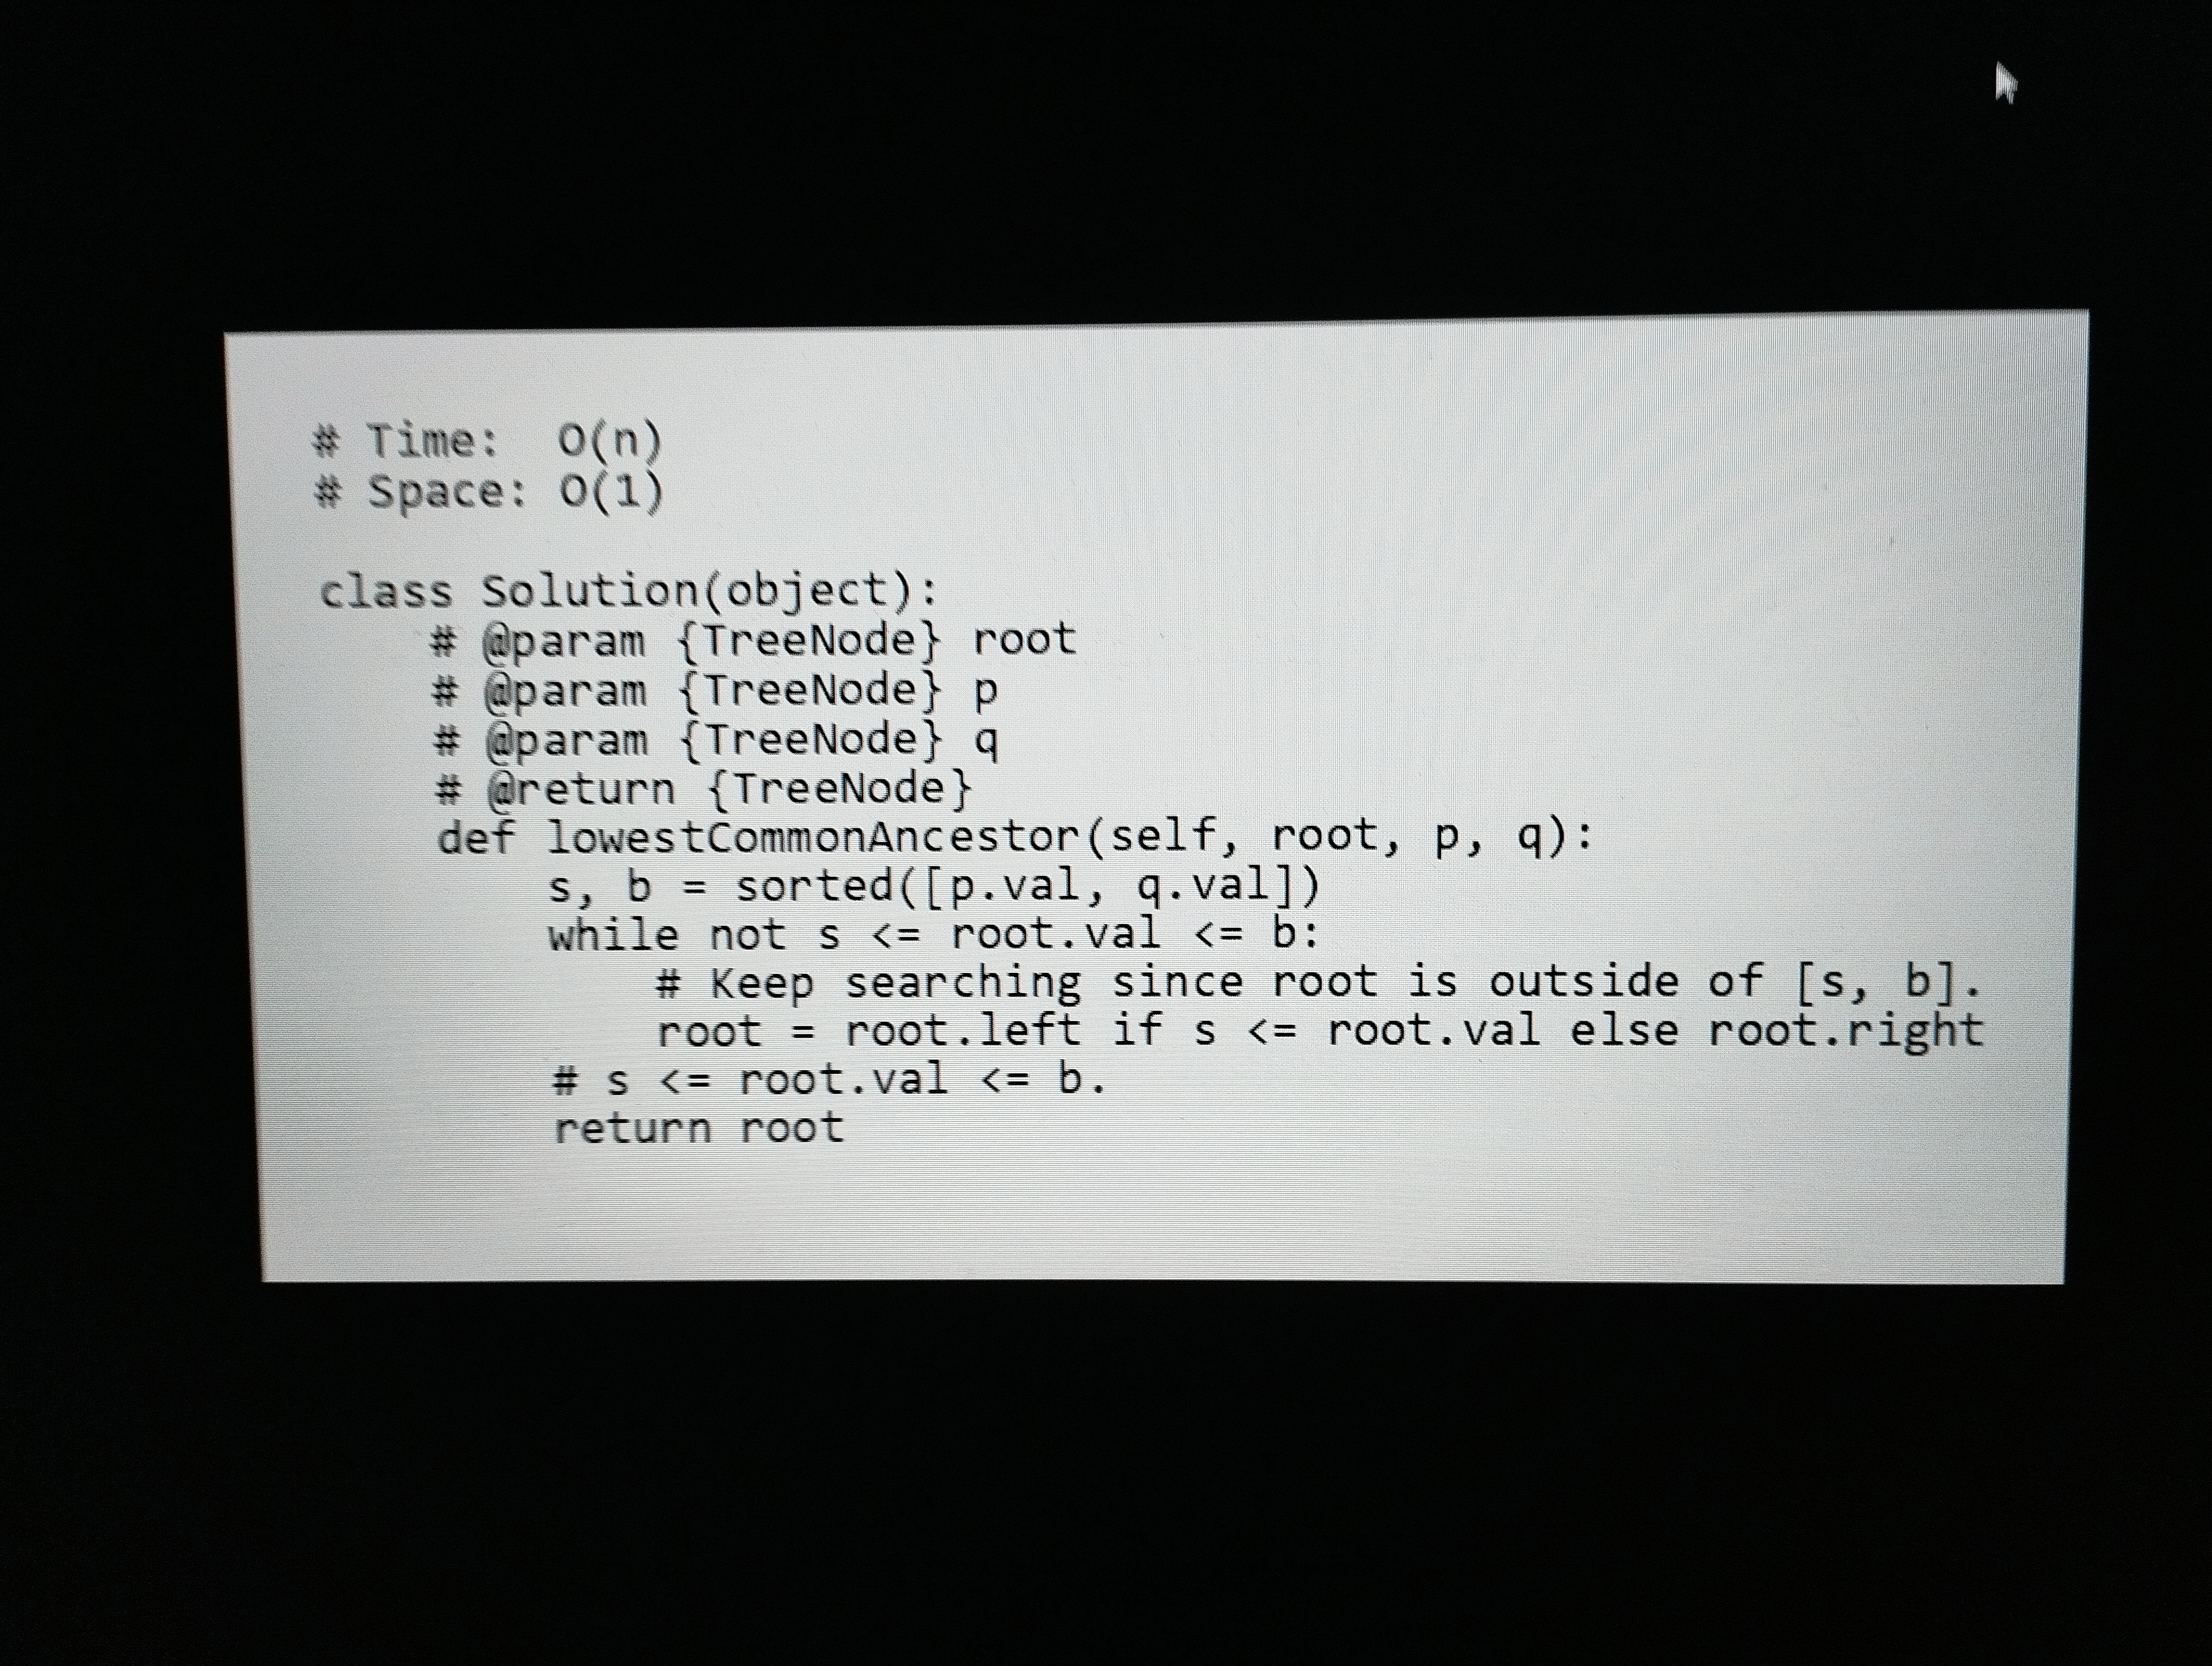
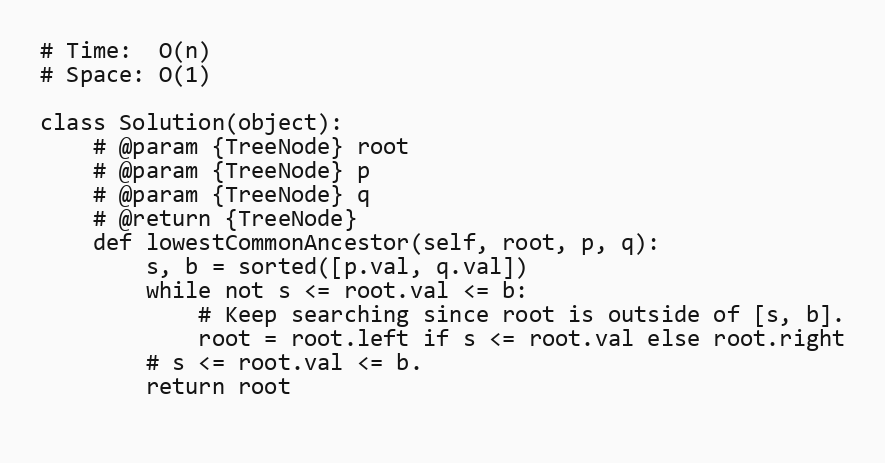
# Time:  O(n)
# Space: O(1)

class Solution(object):
    # @param {TreeNode} root
    # @param {TreeNode} p
    # @param {TreeNode} q
    # @return {TreeNode}
    def lowestCommonAncestor(self, root, p, q):
        s, b = sorted([p.val, q.val])
        while not s <= root.val <= b:
            # Keep searching since root is outside of [s, b].
            root = root.left if s <= root.val else root.right
        # s <= root.val <= b.
        return root